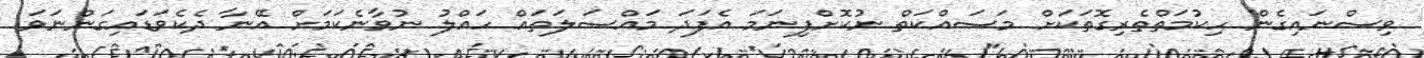
ވިސްނައިގެން ހިކުމަތްތެރިގޮތަކަށް މަސައްކަތް ނުކޮށްފިނަަމަ އެފަދަ މައްސަލަތައް ހައްލު ނުވާނެކަމަށް އޭނާ ދެކެވަޑައިގަންނަވަ